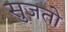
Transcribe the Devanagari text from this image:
सुजतो